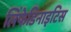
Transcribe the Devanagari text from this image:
लिंफेडिनाइटिस